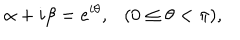
\alpha + i \beta = e ^ { i \theta } , ( 0 \leq \theta < \pi ) ,